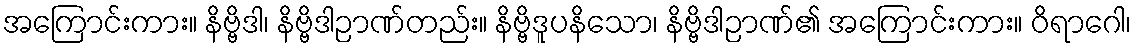
အကြောင်းကား။ နိဗ္ဗိဒါ၊ နိဗ္ဗိဒါဉာဏ်တည်း။ နိဗ္ဗိဒူပနိသော၊ နိဗ္ဗိဒါဉာဏ်၏ အကြောင်းကား။ ဝိရာဂေါ၊